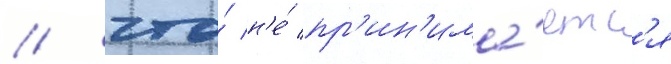
/ что́ н'е́ пр'ин'има́етс'я